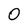
Character: 0